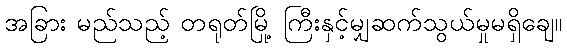
အခြား မည်သည့် တရုတ်မြို့ ကြီးနှင့်မျှဆက်သွယ်မှုမရှိချေ။